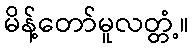
မိန့်တော်မူလတ္တံ့။